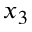
x _ { 3 }